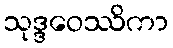
သုဒ္ဒဝေဿိကာ